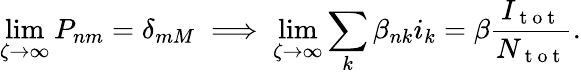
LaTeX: \operatorname*{lim}_{\zeta\rightarrow\infty}P_{nm}=\delta_{mM}\implies\operatorname*{lim}_{\zeta\rightarrow\infty}\sum_{k}\beta_{nk}i_{k}=\beta\frac{I_{\mathrm{~t~o~t~}}}{N_{\mathrm{~t~o~t~}}}.